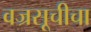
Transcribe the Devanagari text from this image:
वज्रसूचीचा